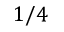
1 / 4